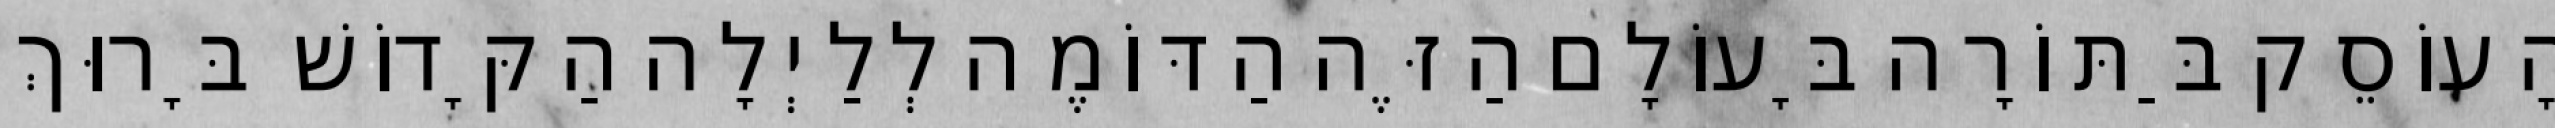
הָעוֹסֵק בַּתּוֹרָה בָּעוֹלָם הַזֶּה הַדּוֹמֶה לְלַיְלָה הַקָּדוֹשׁ בָּרוּךְ